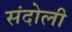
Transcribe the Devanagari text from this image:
संदोली